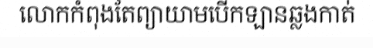
លោកកំពុងតែព្យាយាមបើកឡានឆ្លងកាត់